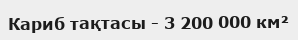
Кариб тақтасы - 3 200 000 км²